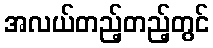
အလယ်တည့်တည့်တွင်